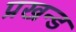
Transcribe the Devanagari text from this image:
प्रखन्ड